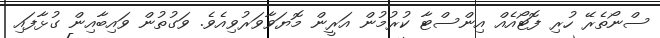
ސްނޯތެރޭ ހުރި ފޮޓޯއެއް އިންސްޓާ ކުރުމުން އަރީން މޮޔަވާވަރުވިއެވެ. ވަގުތުން ވައިބާއިން ގުޅާފައި